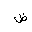
Letter: _dad